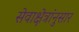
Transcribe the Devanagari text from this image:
सेवाक्षेत्रांनुसार